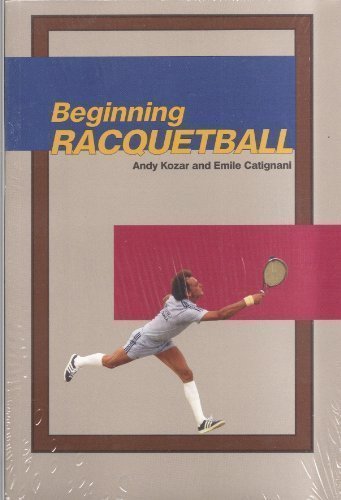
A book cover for Beginning Racquetball by Kozar, Andy, Catignani, Emile (1997) Paperback; Andy, Catignani, Emile Kozar; Sports & Outdoors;